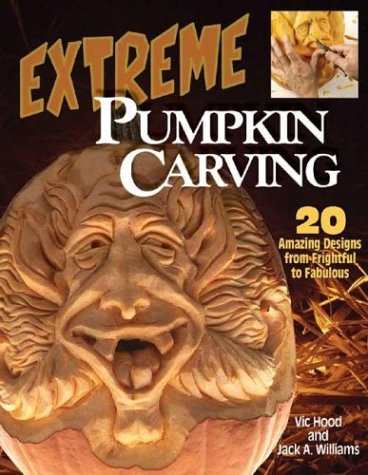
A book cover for Extreme Pumpkin Carving: 20 Amazing designs from Frightful to Fabulous; Vic Hood; Crafts, Hobbies & Home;